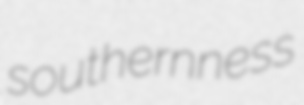
southernness